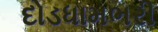
દોડધામભરી